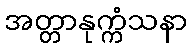
အတ္တာနုက္ကံသနာ